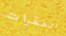
الفقرات